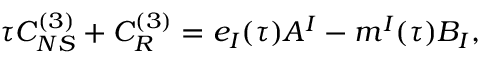
\tau { \cal C } _ { N S } ^ { ( 3 ) } + { \cal C } _ { R } ^ { ( 3 ) } = e _ { I } ( \tau ) A ^ { I } - m ^ { I } ( \tau ) B _ { I } ,